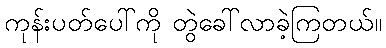
ကုန်းပတ်ပေါ်ကို တွဲခေါ်လာခဲ့ကြတယ်။